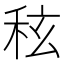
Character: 𮃀